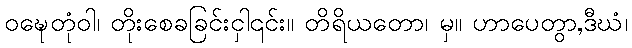
ဝဍ္ဎေတုံဝါ၊ တိုးစေခခြင်းငှါ၎င်း။ တိရိယတော၊ မှ။ ဟာပေတွာ,ဒီဃံ၊